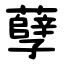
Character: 孽